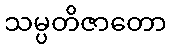
သမ္ပတိဇာတော